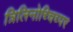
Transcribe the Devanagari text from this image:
त्रिलिनोच्चिच्पर